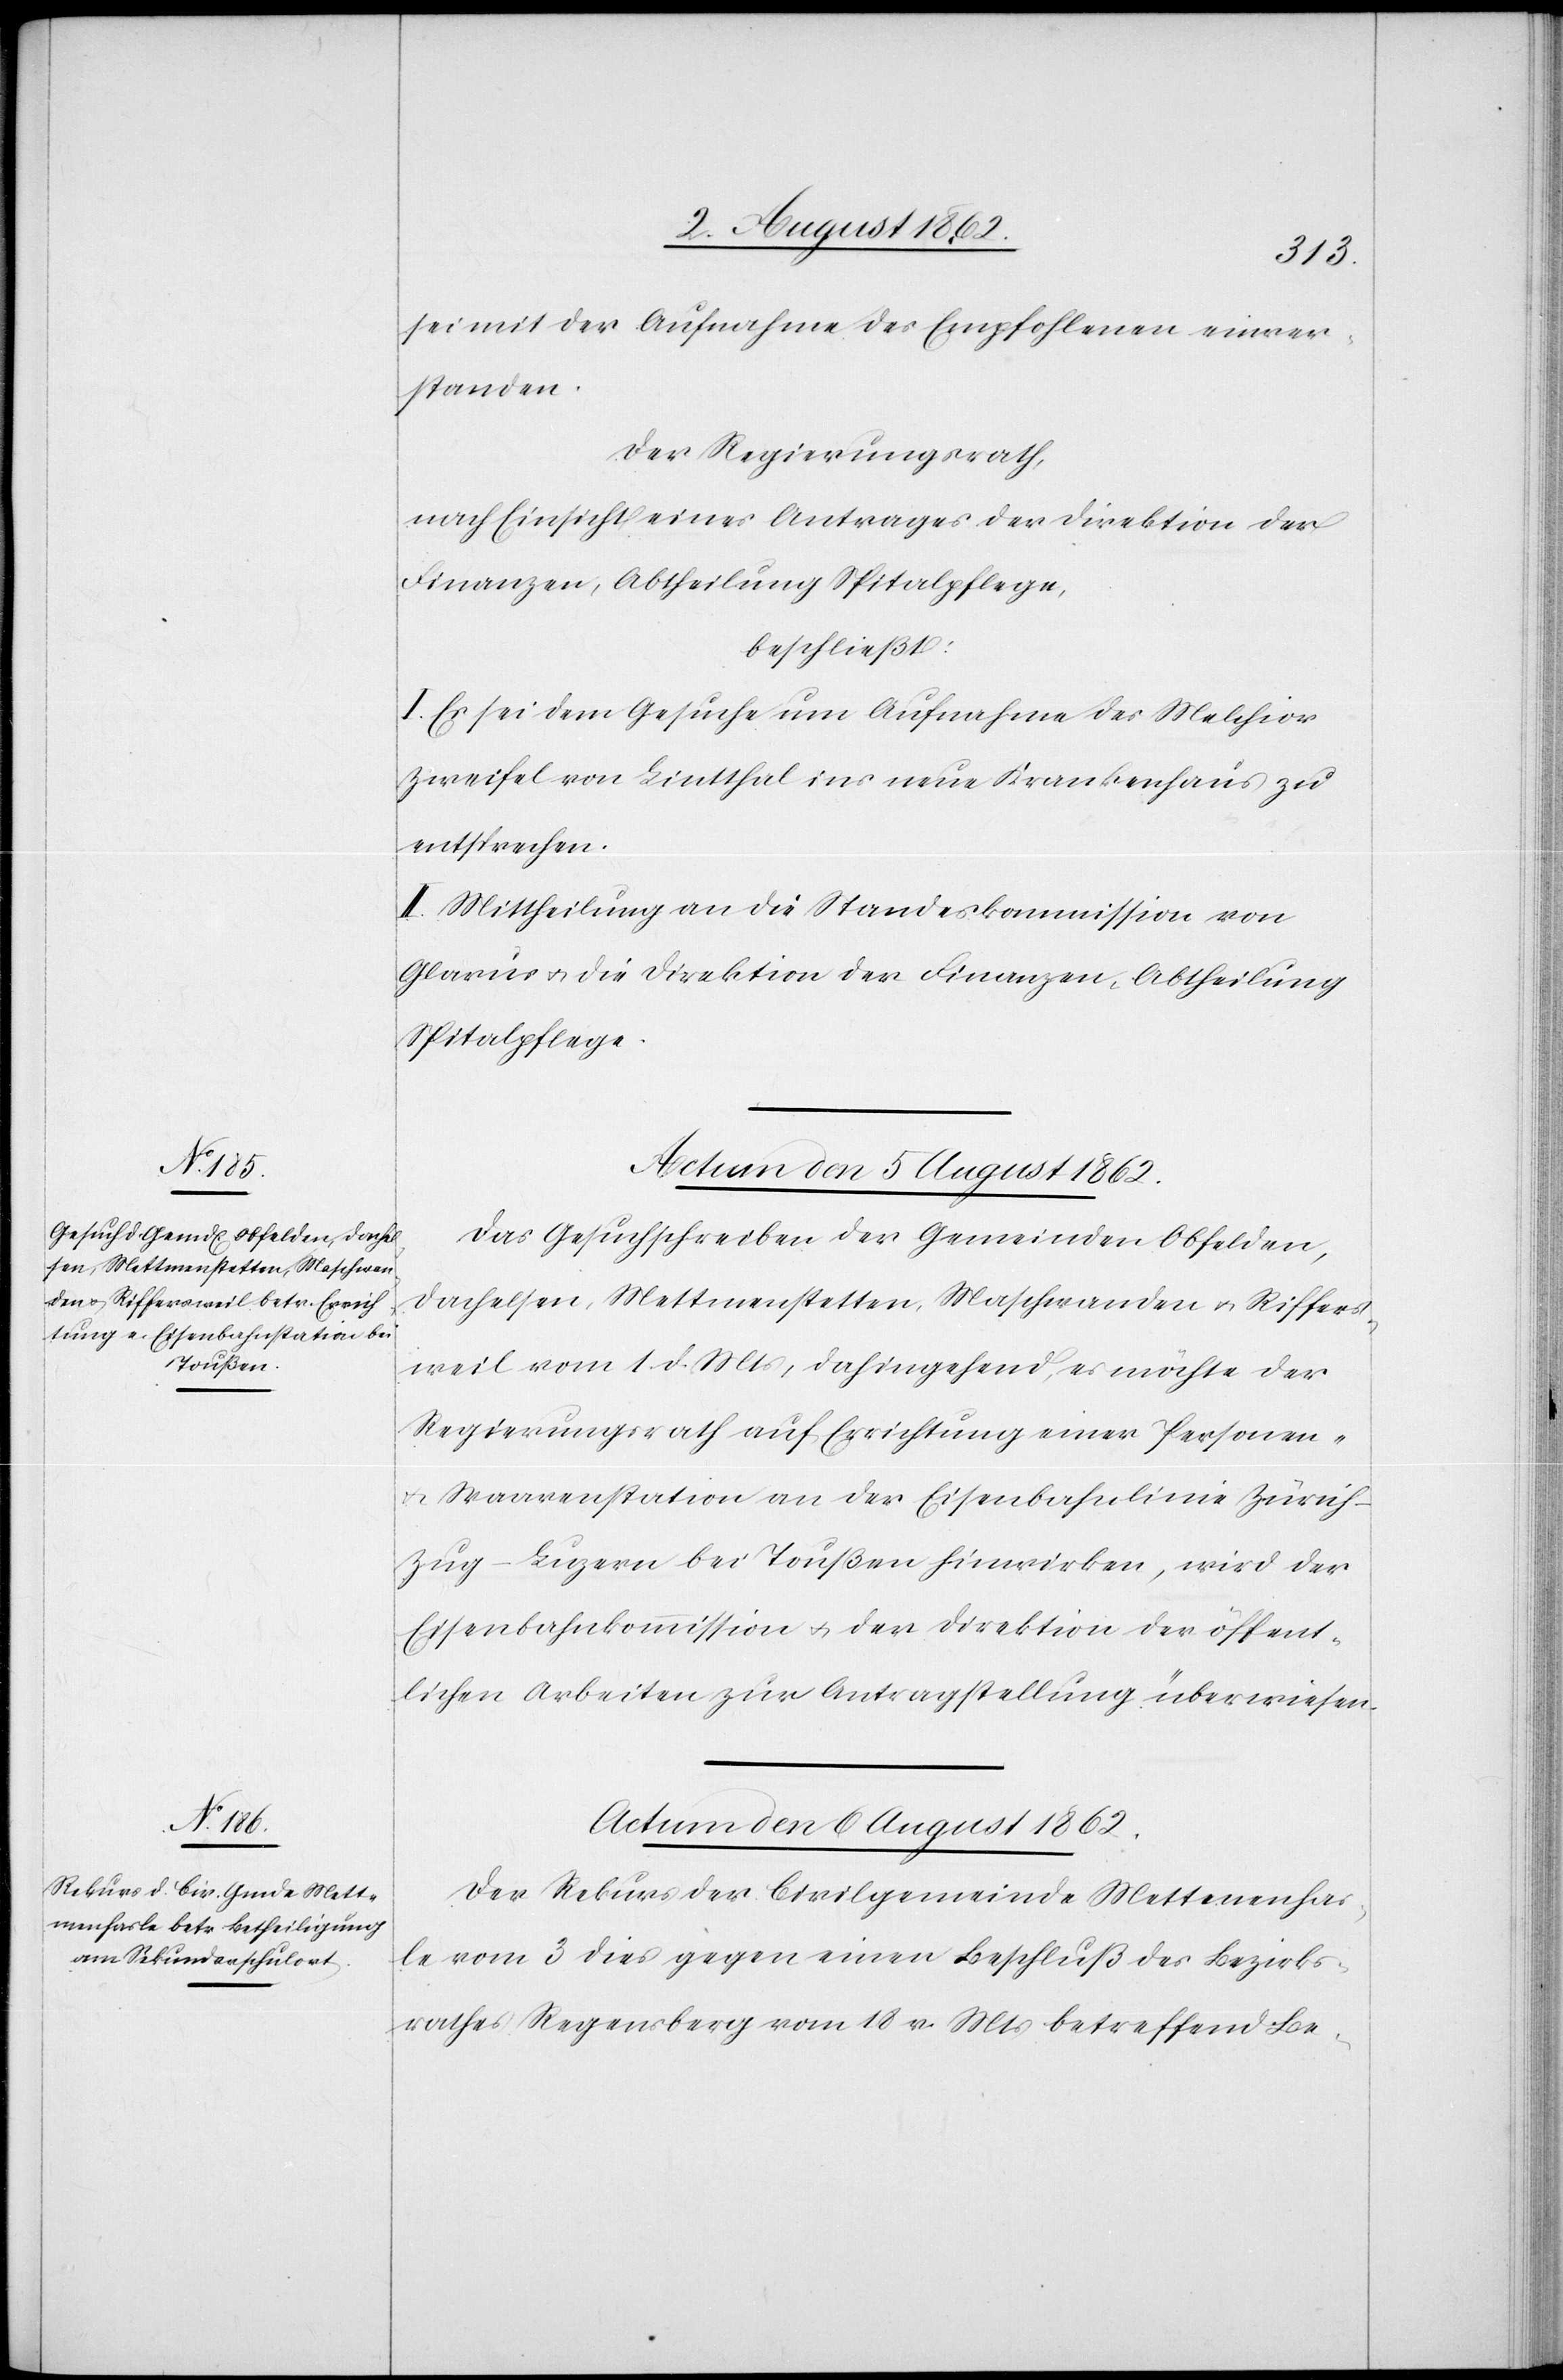
sei mit der Aufnahme des Empfohlenen einver¬
standen.
Der Regierungsrath,
nach Einsicht eines Antrages der Direktion der
Finanzen, Abtheilung Spitalpflege,
beschließt:
I. Es sei dem Gesuche um Aufnahme des Melchior
Zweifel von Lintthal ins neue Krankenhaus zu
entsprechen.
II. Mittheilung an die Standeskommission von
Glarus u. die Direktion der Finanzen, Abtheilung
Spitalpflege.
Das Gesuchschreiben der Gemeinden Obfelden,
Dachelsen, Mettmenstetten, Maschwanden u. Riffers¬
weil vom 1. d. Mts., dahingehend, es möchte der
Regierungsrath auf Errichtung einer Personen-
u. Waarenstation an der Eisenbahnlinie Zürich–Z¬
ug–Luzern bei Toußen hinwirken, wird der
Eisenbahnkommission u. der Direktion der öffent¬
lichen Arbeiten zur Antragstellung überwiesen.
Actum den 6. August 1862.
Der Rekurs der Civilgemeinde Mettmenhas¬
le vom 3. dies gegen einen Beschluß des Bezirks¬
rathes Regensberg vom 18. v. Mts. betreffend Be-